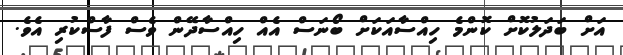
އަށް ބަދަލުކޮށް ކޮންމެ ހިއްސާއަކަށް ބޯނަސް އެއް ހިއްސާދޭން ވެސް ފާސްކުރި އެވެ.